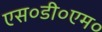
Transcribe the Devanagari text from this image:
एस०डी०एम०